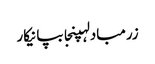
زرمبادلہپنجابپانیکار